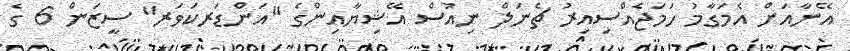
އޭނާއަށް އެމަގާމު ހަމަޖެއްސިއިރު ޗެނަލް ނިއުސް އޭޝިޔާއިންގެ "އަންޑަރކަވަރ" ސީޒަން 6 ގެ